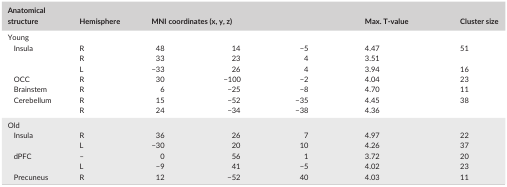
| Anatomical structure | Hemisphere | <COLSPAN=3> MNI coordinates (x, y, z) | Max. T‐value | Cluster size |
 | --- | --- | --- | --- | --- | --- | --- |
 | <COLSPAN=7> Young |
 | <ROWSPAN=3> Insula | R | 48 | 14 | −5 | 4.47 | 51 |
 | R | 33 | 23 | 4 | 3.51 |  |
 | L | −33 | 26 | 4 | 3.94 | 16 |
 | OCC | R | 30 | −100 | −2 | 4.04 | 23 |
 | Brainstem | R | 6 | −25 | −8 | 4.70 | 11 |
 | <ROWSPAN=2> Cerebellum | R | 15 | −52 | −35 | 4.45 | 38 |
 | R | 24 | −34 | −38 | 4.36 |  |
 | <COLSPAN=7> Old |
 | <ROWSPAN=2> Insula | R | 36 | 26 | 7 | 4.97 | 22 |
 | L | −30 | 20 | 10 | 4.26 | 37 |
 | <ROWSPAN=2> dPFC | – | 0 | 56 | 1 | 3.72 | 20 |
 | L | −9 | 41 | −5 | 4.02 | 23 |
 | Precuneus | R | 12 | −52 | 40 | 4.03 | 11 |